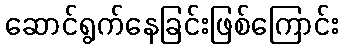
ဆောင်ရွက်နေခြင်းဖြစ်ကြောင်း